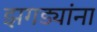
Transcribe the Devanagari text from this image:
झगड्यांना